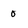
Character: 0